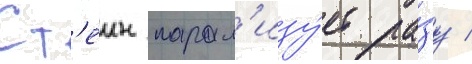
Ст'еин парал'изу́ет ра́зу /